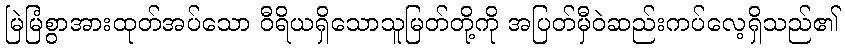
မြဲမြံစွာအားထုတ်အပ်သော ဝီရိယရှိသောသူမြတ်တို့ကို အပြတ်မှီဝဲဆည်းကပ်လေ့ရှိသည်၏